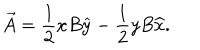
\overrightarrow { A } = \frac { 1 } { 2 } x B \widehat { y } - \frac { 1 } { 2 } y B \widehat { x } .